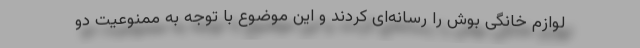
لوازم خانگی بوش را رسانه‌ای کردند و این موضوع با توجه به ممنوعیت دو